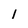
Character: 1